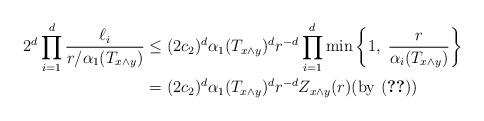
LaTeX: \begin{align*}2^d \prod_{i=1}^d\frac{\ell_i}{r/\alpha_1(T_{x\wedge y})}&\leq (2c_2)^d \alpha_1(T_{x\wedge y})^d r^{-d} \prod_{i=1}^d\min\left\{1,\; \frac{r}{\alpha_i(T_{x\wedge y})}\right\}\\& = (2c_2)^d \alpha_1(T_{x\wedge y})^d r^{-d} Z_{x\wedge y}(r) \mbox{(by \eqref{ef-4.2})}\end{align*}